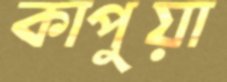
কাপুয়া